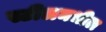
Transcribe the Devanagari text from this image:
स्टीलमधील